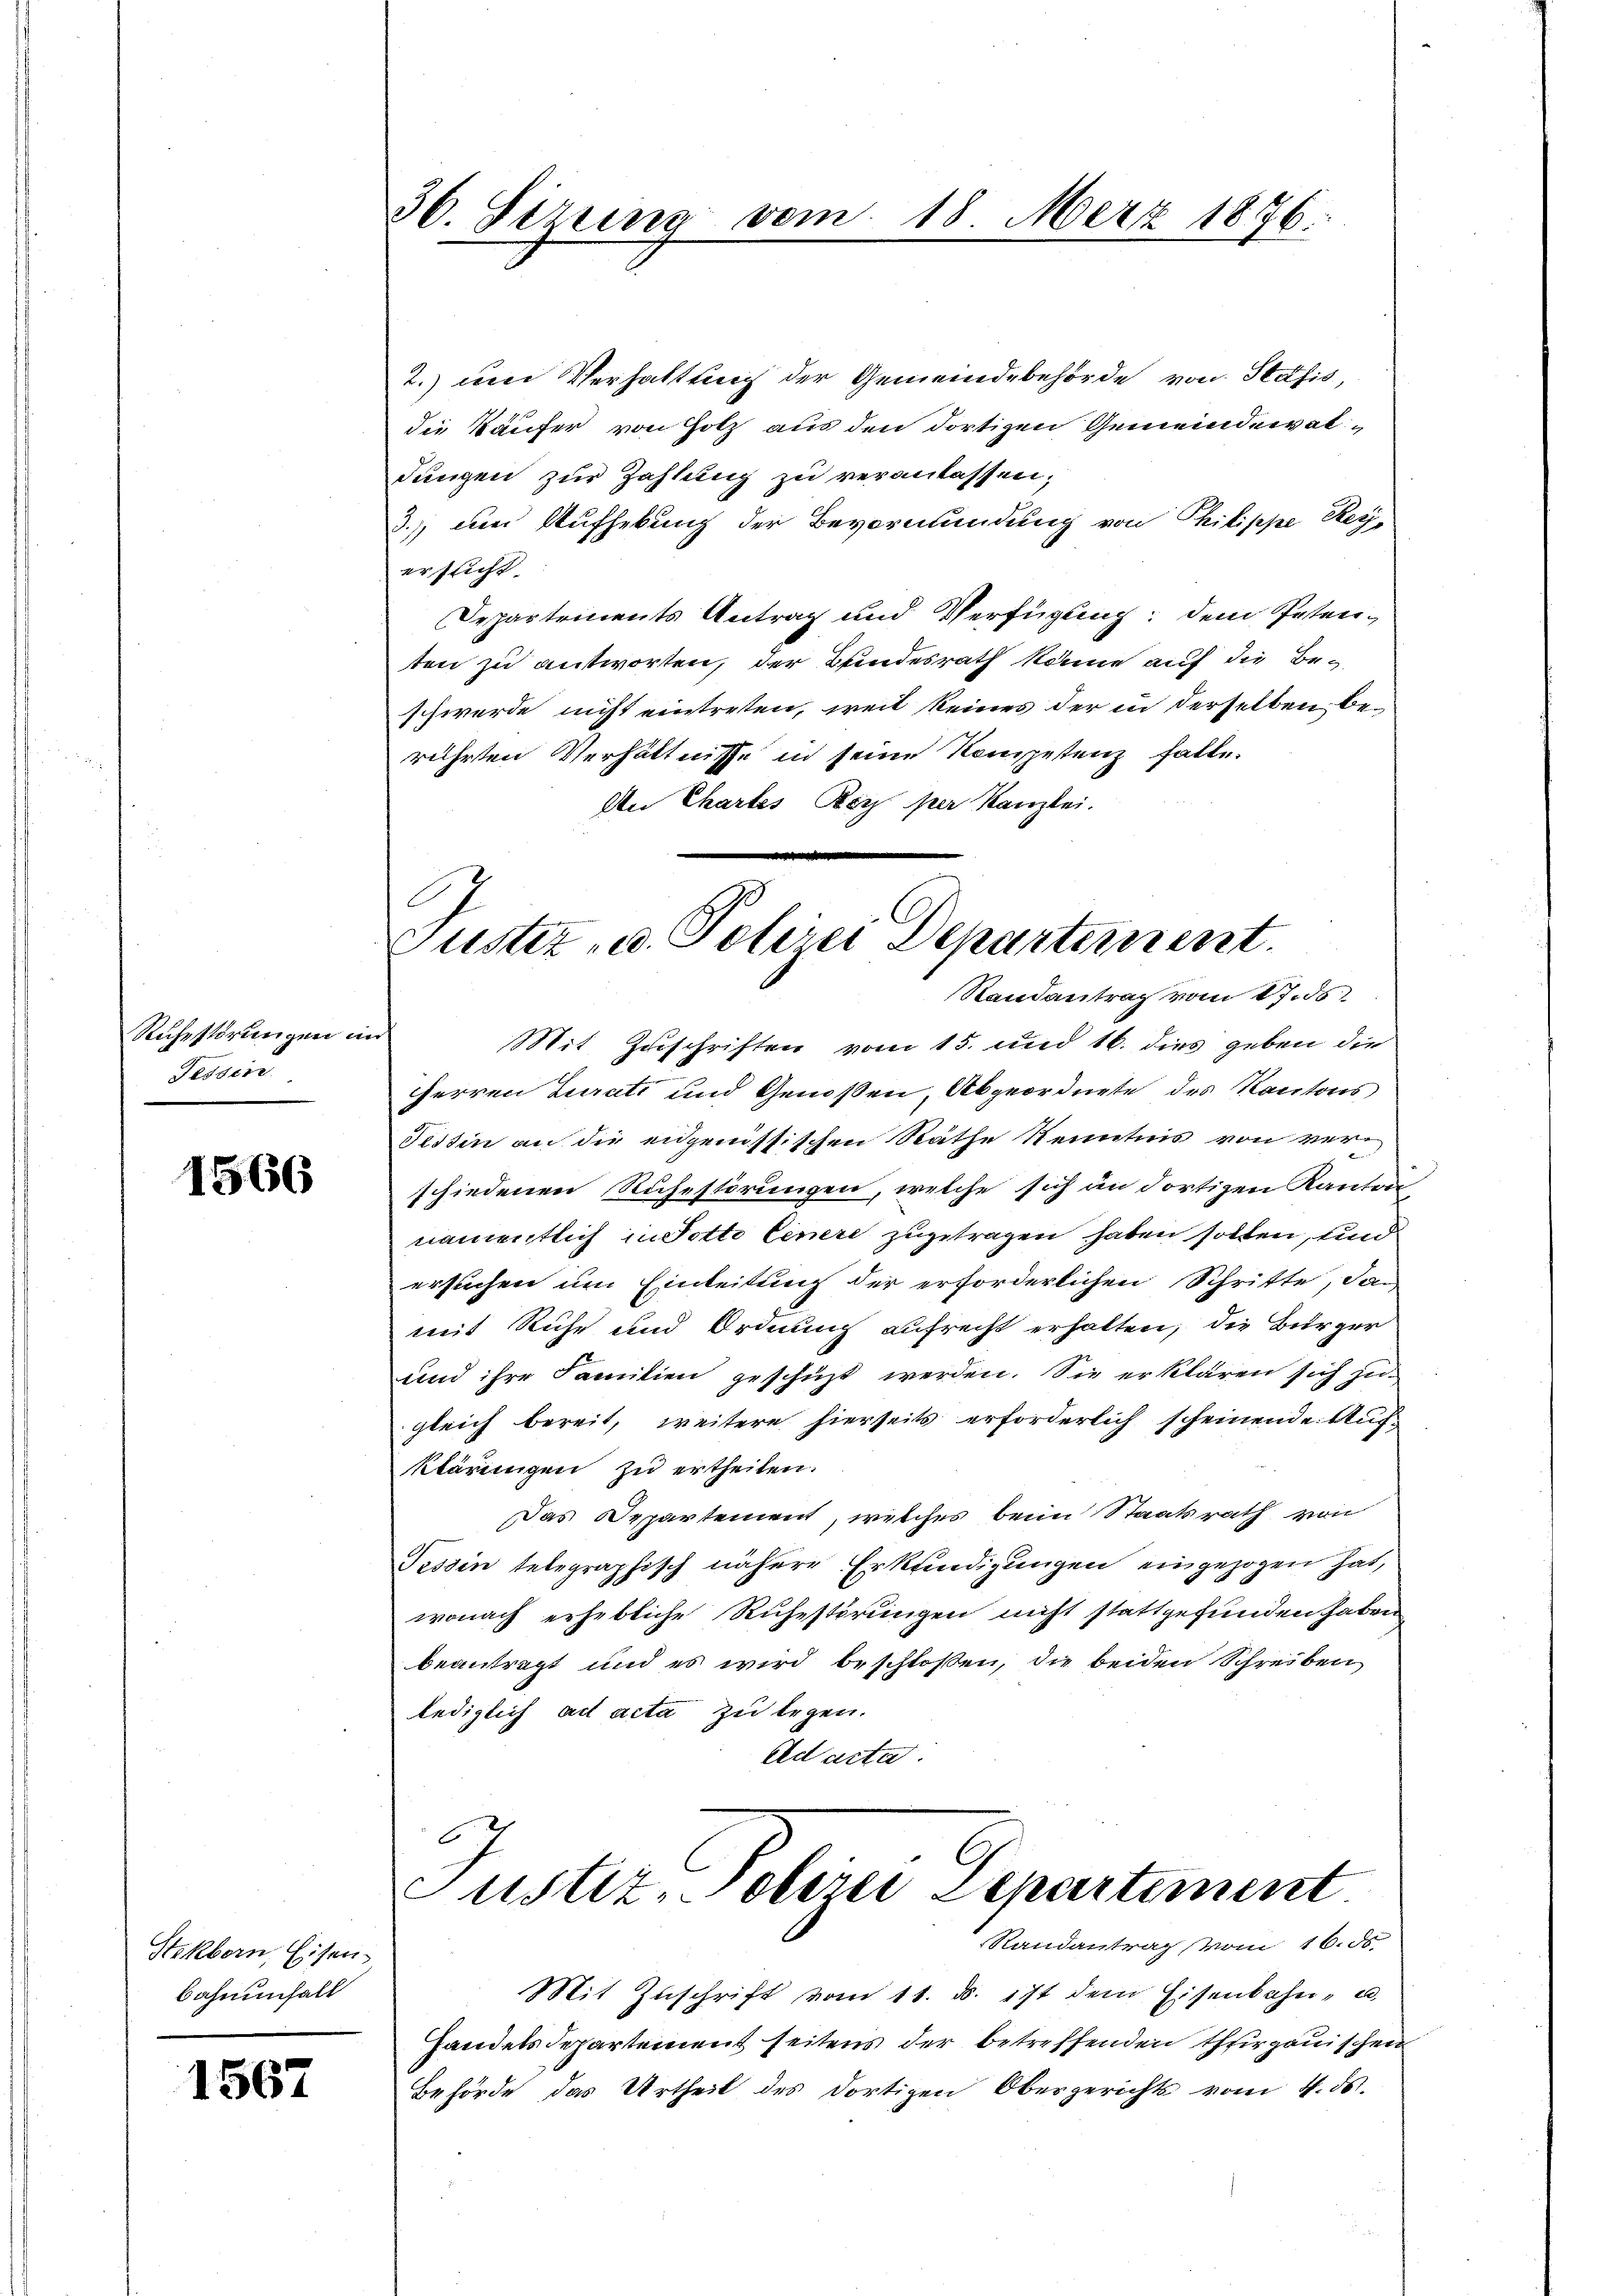
Ruhestörungen in
Tessin

1566

Stikborn, Eisen.
bahnenfall

1567

36. Serung vom 18. März 1876.

2.) um Verhaltung der Gemeindebehörde von Statis,
die Käufer von Holz aus den dortigen Gemeindewatdungen zur Zahlung zu veranlassen;
3.), um Aufhebung der Bevormundung von Philippe Reg
ersucht.
Departements Antrag und Verfügung: dem Petenten zu antworten, der Bundesrath könne auf die Beschwerde nicht eintreten, weil keines der in derselben berührten Verhältnisse in seine Kompetenz falle.
An Chartes Bey per Kanzlei.

G
Justiz- u. Polizei Departement.
Randantrag vom 17. ds.

Mit Zuschriften vom 15. und 16. dies geben die
Herren Curati und Genoßen, Abgeordnete des Kantons
Tessin an die eidgenössischen Räthe Kenntnis von verschiedenen Ruhestörungen, welche sich an dortigen Kanton
namentlich in Potto Cenere zugetragen haben sollen, und
ersuchen um Einleitung der erforderlichen Schritte, dan
mit Ruhe und Ordnung aufrecht erhalten; die Bürger
und ihre Familien geschüzt werden. Sie erklären sich zu
gleich bereit, weitere hierseits erforderlich scheinende Auf¬
Klärungen zu ertheilen.
Das Departement, welches beim Staatsrath von
Tessin telegraphisch nähere Erkundigungen eingezogen hat,
wonach erhebliche Ruhestörungen nicht stattgefunden haben
beantragt und es wird beschloßen, die beiden Schreiben
lediglich ad acta zu legen.
ad acta
6
ustiz obern Departement

Randantrag vom 16. ds.

Mit Zuschrift vom 11. ds. ist dem Eisenbahn- u
handels Departement seitens der betreffenden Thurgauischen
Behörde das Urtheil des dortigen Obergerichts vom 4. ds.